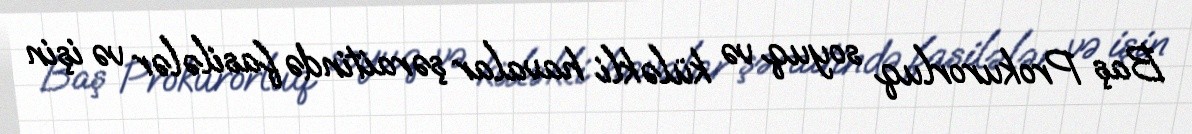
Baş Prokurorluq soyuq və küləkli havalar şəraitində fasilələr və işin